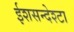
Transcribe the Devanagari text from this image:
ईशसन्देश्टा